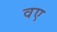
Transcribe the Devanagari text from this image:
वए